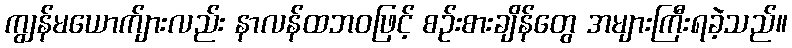
ကျွန်မယောက်ျားလည်း နာလန်ထဘဝဖြင့် စဉ်းစားချိန်တွေ အများကြီးရခဲ့သည်။